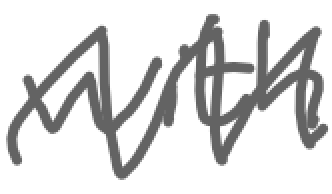
Text: with
Cross-out: zig-zag
Writing tool: digital_gray